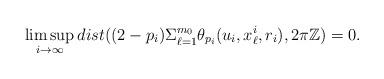
LaTeX: \begin{align*}\limsup_{i\to\infty}dist((2-p_i)\Sigma_{\ell=1}^{m_0}\theta_{p_i}(u_i,x^i_{\ell},r_i),2\pi\mathbb{Z})=0.\end{align*}